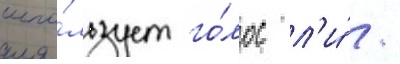
испо́льзует го́лос л'и́ /